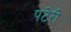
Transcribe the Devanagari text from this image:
पटेरी